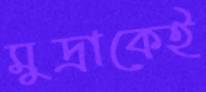
মুদ্রাকেই